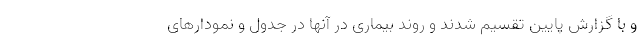
و با گزارش پایین تقسیم شدند و روند بیماری در آنها در جدول و نمودارهای